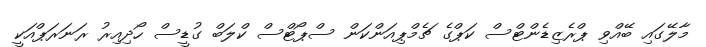
މާލޭގައި ބޭއްވި ޕްރެޒިޑެންޓްސް ކަޕްގެ ޗެމްޕިއަންކަން ސްޕޯޓްސް ކްލަބް ގުޑީސް ހޯދިިއިރު ރަނަރަޕްއަކީ